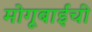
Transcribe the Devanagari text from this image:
मोगूबाईंची